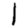
Digit: 1